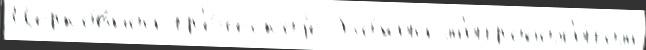
Церко́вной гр'е́ческоjе Бо́жий м'итропол'и́том